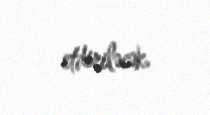
etdiriləcək.